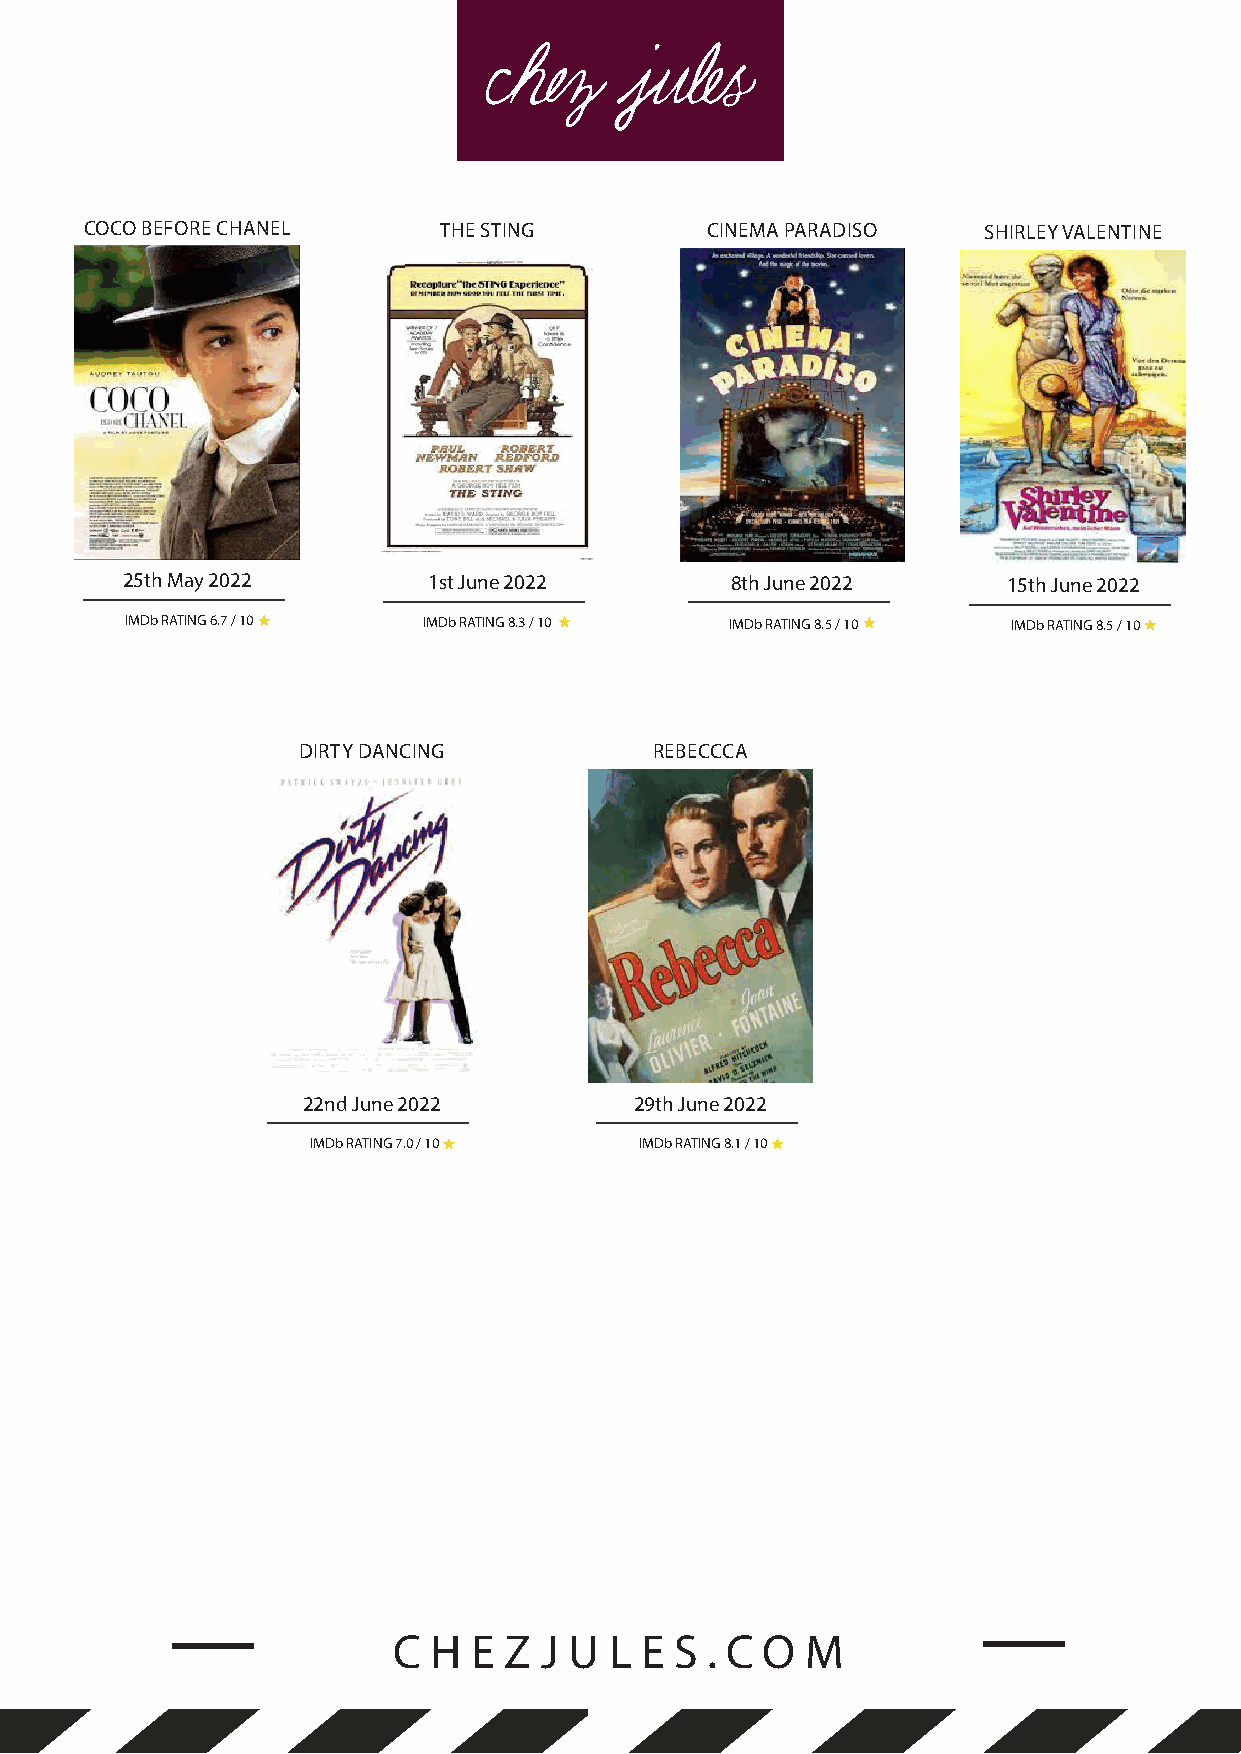
COCO BEFORE CHANEL     THE STING         CINEMA PARADISO   SHIRLEY VALENTINE
 25th May 2022       1st June 2022       8th June 2022      15th June 2022
 IMDb RATING 6.7 / 10 IMDb RATING 8.3 / 10 IMDb RATING 8.5 / 10 IMDb RATING 8.5 / 10
 DIRTY DANCING          REBECCCA
 22nd June 2022        29th June 2022
 IMDb RATING 7.0 / 10 IMDb RATING 8.1 / 10
 C H  E Z  J U L E  S . C O M